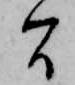
間